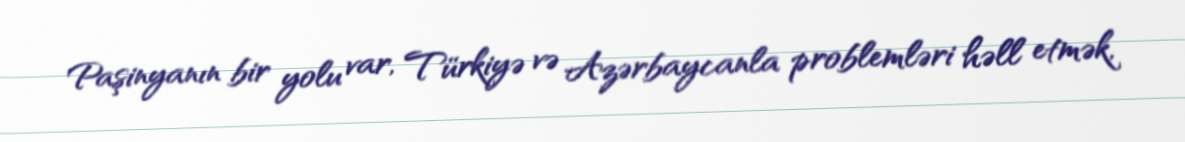
Paşinyanın bir yolu var, Türkiyə və Azərbaycanla problemləri həll etmək,